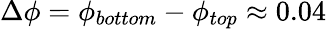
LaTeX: \Delta\phi=\phi_{bottom}-\phi_{top}\approx 0.04